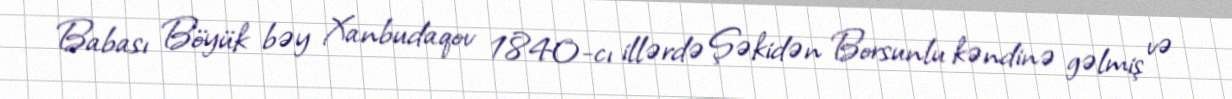
Babası Böyük bəy Xanbudaqov 1840-cı illərdə Şəkidən Borsunlu kəndinə gəlmiş və